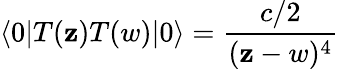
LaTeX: \langle0|T(\mathbf{z})T(w)|0\rangle=\frac{{c/2}}{{(\mathbf{z}-w)^{4}}}